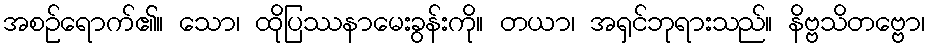
အစဉ်ရောက်၏။ သော၊ ထိုပြဿနာမေးခွန်းကို။ တယာ၊ အရှင်ဘုရားသည်။ နိဗ္ဗသိတဗ္ဗော၊